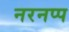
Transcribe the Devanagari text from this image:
नरनप्प